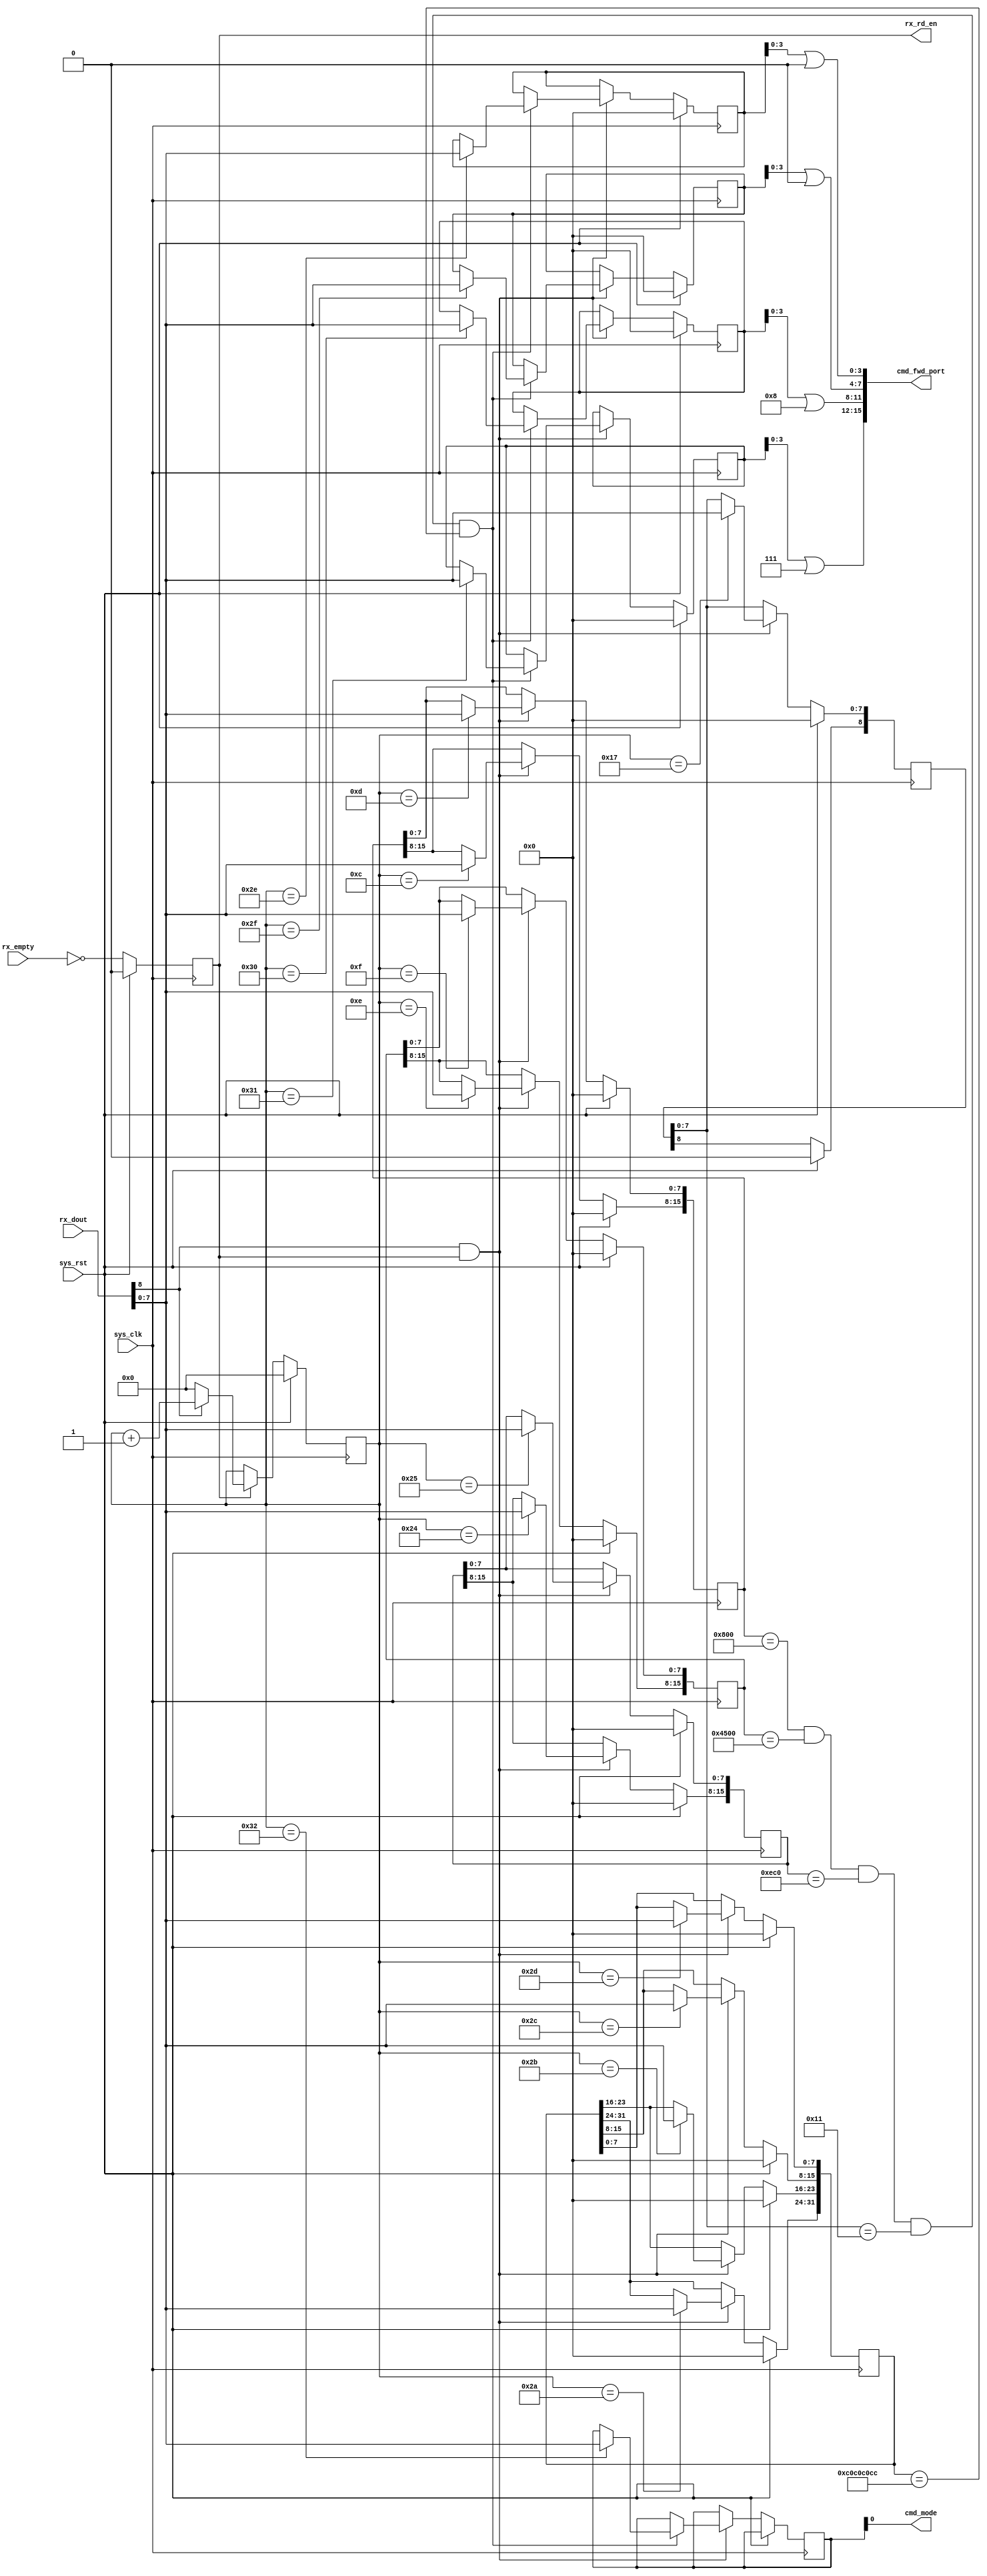
module cmdrecv #(
    parameter MAGIC_CODE = 32'hC0C0C0CC
  , parameter NPORT      = 4'h4
  , parameter PORT_NUM   = 4'h3
)(
    input              sys_rst
  , input              sys_clk
  // recieve flow data from RX-FIFO
  , input      [ 8:0]  rx_dout
  , input              rx_empty
  , output reg         rx_rd_en
  // lookup
  , output     [15:0]  cmd_fwd_port
  // bonding test
  , output             cmd_mode
);

// rx_rd_en
always @(posedge sys_clk) begin
  if (sys_rst)
    rx_rd_en <= 1'b0;
  else
    rx_rd_en <= ~rx_empty;
end

// global counter
reg [10:0] counter;
always @(posedge sys_clk) begin
  if (sys_rst)
    counter <= 11'b0;
  else begin
    if (rx_rd_en == 1'b1) begin
      counter <= counter + 11'b1;
      if (rx_dout[8] == 1'b1)
        counter <= counter + 11'b1;
      else
        counter <= 11'b0;
    end
  end
end

// checking command packet header
reg [15:0] eth_type;
reg [15:0] tp_dst_port;
reg [15:0] ip_version;
reg [ 8:0] ipv4_proto;
reg [31:0] rx_magic;
always @(posedge sys_clk) begin
  if (sys_rst) begin
    eth_type    <= 16'h0;
    ip_version  <= 16'h0;
    ipv4_proto  <= 8'h0;
    tp_dst_port <= 16'h0;
    rx_magic    <= 32'h0;
  end else begin
    if (rx_dout[8] == 1'b1 && rx_rd_en == 1'b1) begin
      case (counter)
        11'h0c: eth_type[15:8]    <= rx_dout[7:0];
        11'h0d: eth_type[ 7:0]    <= rx_dout[7:0];
        11'h0e: ip_version[15:8]  <= rx_dout[7:0];
        11'h0f: ip_version[ 7:0]  <= rx_dout[7:0];
        11'h17: ipv4_proto[ 7:0]  <= rx_dout[7:0];
        11'h24: tp_dst_port[15:8] <= rx_dout[7:0];
        11'h25: tp_dst_port[ 7:0] <= rx_dout[7:0];
        11'h2a: rx_magic[31:24]   <= rx_dout[7:0];
        11'h2b: rx_magic[23:16]   <= rx_dout[7:0];
        11'h2c: rx_magic[15: 8]   <= rx_dout[7:0];
        11'h2d: rx_magic[ 7: 0]   <= rx_dout[7:0];
      endcase
    end
  end
end

// payload parser
reg [7:0] p0out, p1out, p2out, p3out;
reg [7:0] mode;                         // bonding test
always @(posedge sys_clk) begin
  if (sys_rst) begin
    p0out <= 8'b0;
    p1out <= 8'b0;
    p2out <= 8'b0;
    p3out <= 8'b0;
  end else begin
    if (rx_dout[8] == 1'b1 && rx_rd_en == 1'b1) begin
      // if the packet is command packet
      if (eth_type[15:0]    == 16'h0800 && ip_version[15:0] == 16'h4500 &&
          tp_dst_port[15:0] == 16'd3776 && ipv4_proto[7:0]  == 8'h11    &&
          rx_magic[31:0]    == MAGIC_CODE) begin
        case (counter)
          11'h2e: p0out <= rx_dout[7:0];
          11'h2f: p1out <= rx_dout[7:0];
          11'h30: p2out <= rx_dout[7:0];
          11'h31: p3out <= rx_dout[7:0];
          11'h32: mode  <= rx_dout[7:0];
        endcase
      end
    end
  end
end
//assign cmd_fwd_port[15:0] = { p3out[3:0], p2out[3:0], p1out[3:0], p0out[3:0] };
// port3 is used for cmd port
assign cmd_fwd_port[15:0] = { p3out[3:0] | 4'b0111,
                              p2out[3:0] | 4'b1000,
                              p1out[3:0] | 4'b0000,
                              p0out[3:0] | 4'b0000 };

assign cmd_mode = mode[0];      // bonding test

endmodule